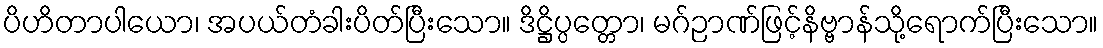
ပိဟိတာပါယော၊ အပယ်တံခါးပိတ်ပြီးသော။ ဒိဋ္ဌိပ္ပတ္တော၊ မဂ်ဉာဏ်ဖြင့်နိဗ္ဗာန်သို့ရောက်ပြီးသော။